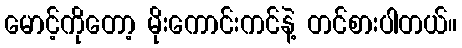
မောင့်ကိုတော့ မိုးကောင်းကင်နဲ့ တင်စားပါတယ်။